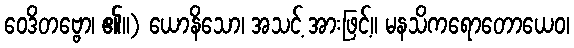
ဝေဒိတဗ္ဗော၊ ၏။) ယောနိသော၊ အသင့် အားဖြင့်။ မနသိကရောတောယေဝ၊